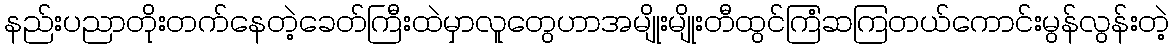
နည်းပညာတိုးတက်နေတဲ့ခေတ်ကြီးထဲမှာလူတွေဟာအမျိုးမျိုးတီထွင်ကြံဆကြတယ်ကောင်းမွန်လွန်းတဲ့